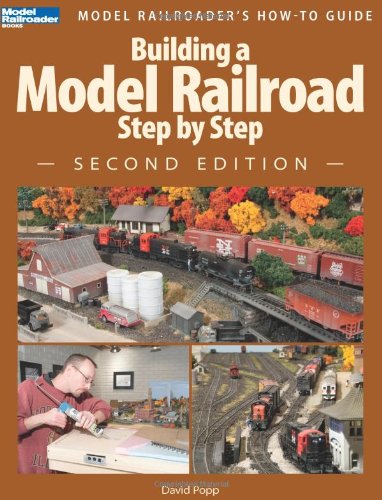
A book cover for Building a Model Railroad Step by Step, 2nd Edition (Modern Railroader); David Popp; Crafts, Hobbies & Home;